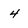
Character: 4